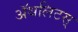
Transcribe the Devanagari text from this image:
ॲथलिटस्